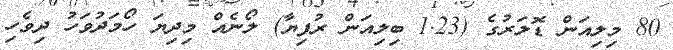
80 މިލިއަން ޑޮލަރުގެ (1.23 ބިލިއަން ރުފިޔާ) ލޯނެއް މިދިޔަ ހޯމަދުވަހު ދިވެހި